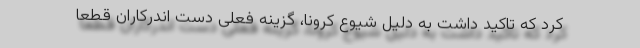
کرد که تاکید داشت به دلیل شیوع کرونا، گزینه فعلی دست اندرکاران قطعا